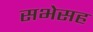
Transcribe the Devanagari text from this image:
सभेसह